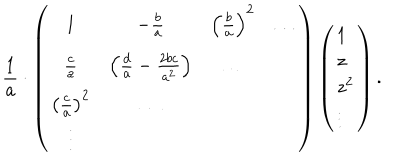
{ \frac { 1 } { a } } \cdot \left( \begin{array} { c c c c } { { 1 } } & { { - { \frac { b } { a } } } } & { { \left( { \frac { b } { a } } \right) ^ { 2 } } } & { { \dots } } \\ { { { \frac { c } { a } } } } & { { \left( { \frac { d } { a } } - { \frac { 2 b c } { a ^ { 2 } } } \right) } } & { { \dots } } & { { } } \\ { { \left( { \frac { c } { a } } \right) ^ { 2 } } } & { { \dots } } & { { } } & { { } } \\ { { \vdots } } & { { } } & { { } } & { { } } \\ \end{array} \right) \left( \begin{array} { l } { { 1 } } \\ { { z } } \\ { { { z } ^ { 2 } } } \\ { { \vdots } } \\ \end{array} \right) .